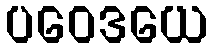
ပဝေဒယေ